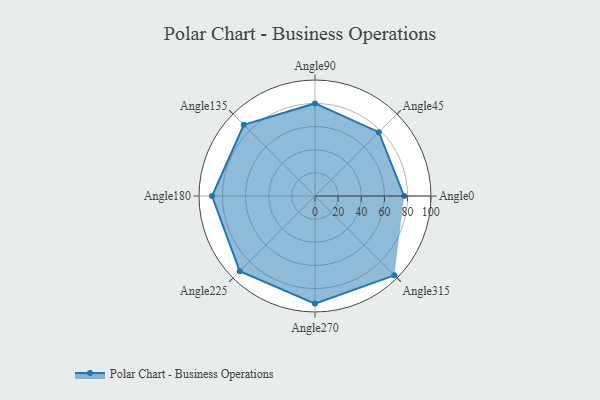
{"axis": {"x": "Angle", "y": "Radius"}, "legend": [""], "data": [{"x": "Angle0", "y": 77.0, "type": ""}, {"x": "Angle45", "y": 78.0, "type": ""}, {"x": "Angle90", "y": 80.0, "type": ""}, {"x": "Angle135", "y": 87.0, "type": ""}, {"x": "Angle180", "y": 89.0, "type": ""}, {"x": "Angle225", "y": 92.0, "type": ""}, {"x": "Angle270", "y": 93.0, "type": ""}, {"x": "Angle315", "y": 97.0, "type": ""}]}